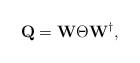
LaTeX: \begin{align*}\mathbf{Q} = \mathbf{W}\Theta \mathbf{W}^{\dag},\end{align*}